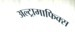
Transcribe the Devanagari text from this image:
अल्ट्रामाफिक्स